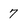
Character: 7